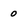
Character: 0